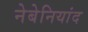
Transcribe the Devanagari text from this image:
नेबेनियांद